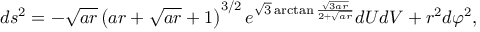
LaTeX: d s ^ { 2 } = - \sqrt { a r } \left( a r + \sqrt { a r } + 1 \right) ^ { 3 / 2 } e ^ { \sqrt { 3 } \arctan \frac { \sqrt { 3 a r } } { 2 + \sqrt { a r } } } d U d V + r ^ { 2 } d \varphi ^ { 2 } ,